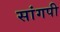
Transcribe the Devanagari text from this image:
सांगपी